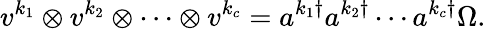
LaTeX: v^{k_{1}}\otimes v^{k_{2}}\otimes\cdots\otimes v^{k_{c}}=a^{k_{1}\dagger}a^{k_{2}\dagger}\cdots a^{k_{c}\dagger}\Omega.